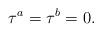
LaTeX: \begin{align*}\tau^a=\tau^b=0.\end{align*}